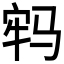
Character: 𩧷